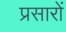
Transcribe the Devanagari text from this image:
प्रसारों